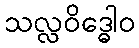
သလ္လဝိဒ္ဓေါဝ